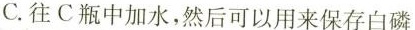
C.往C瓶中加水，然后可以用来保存白磷